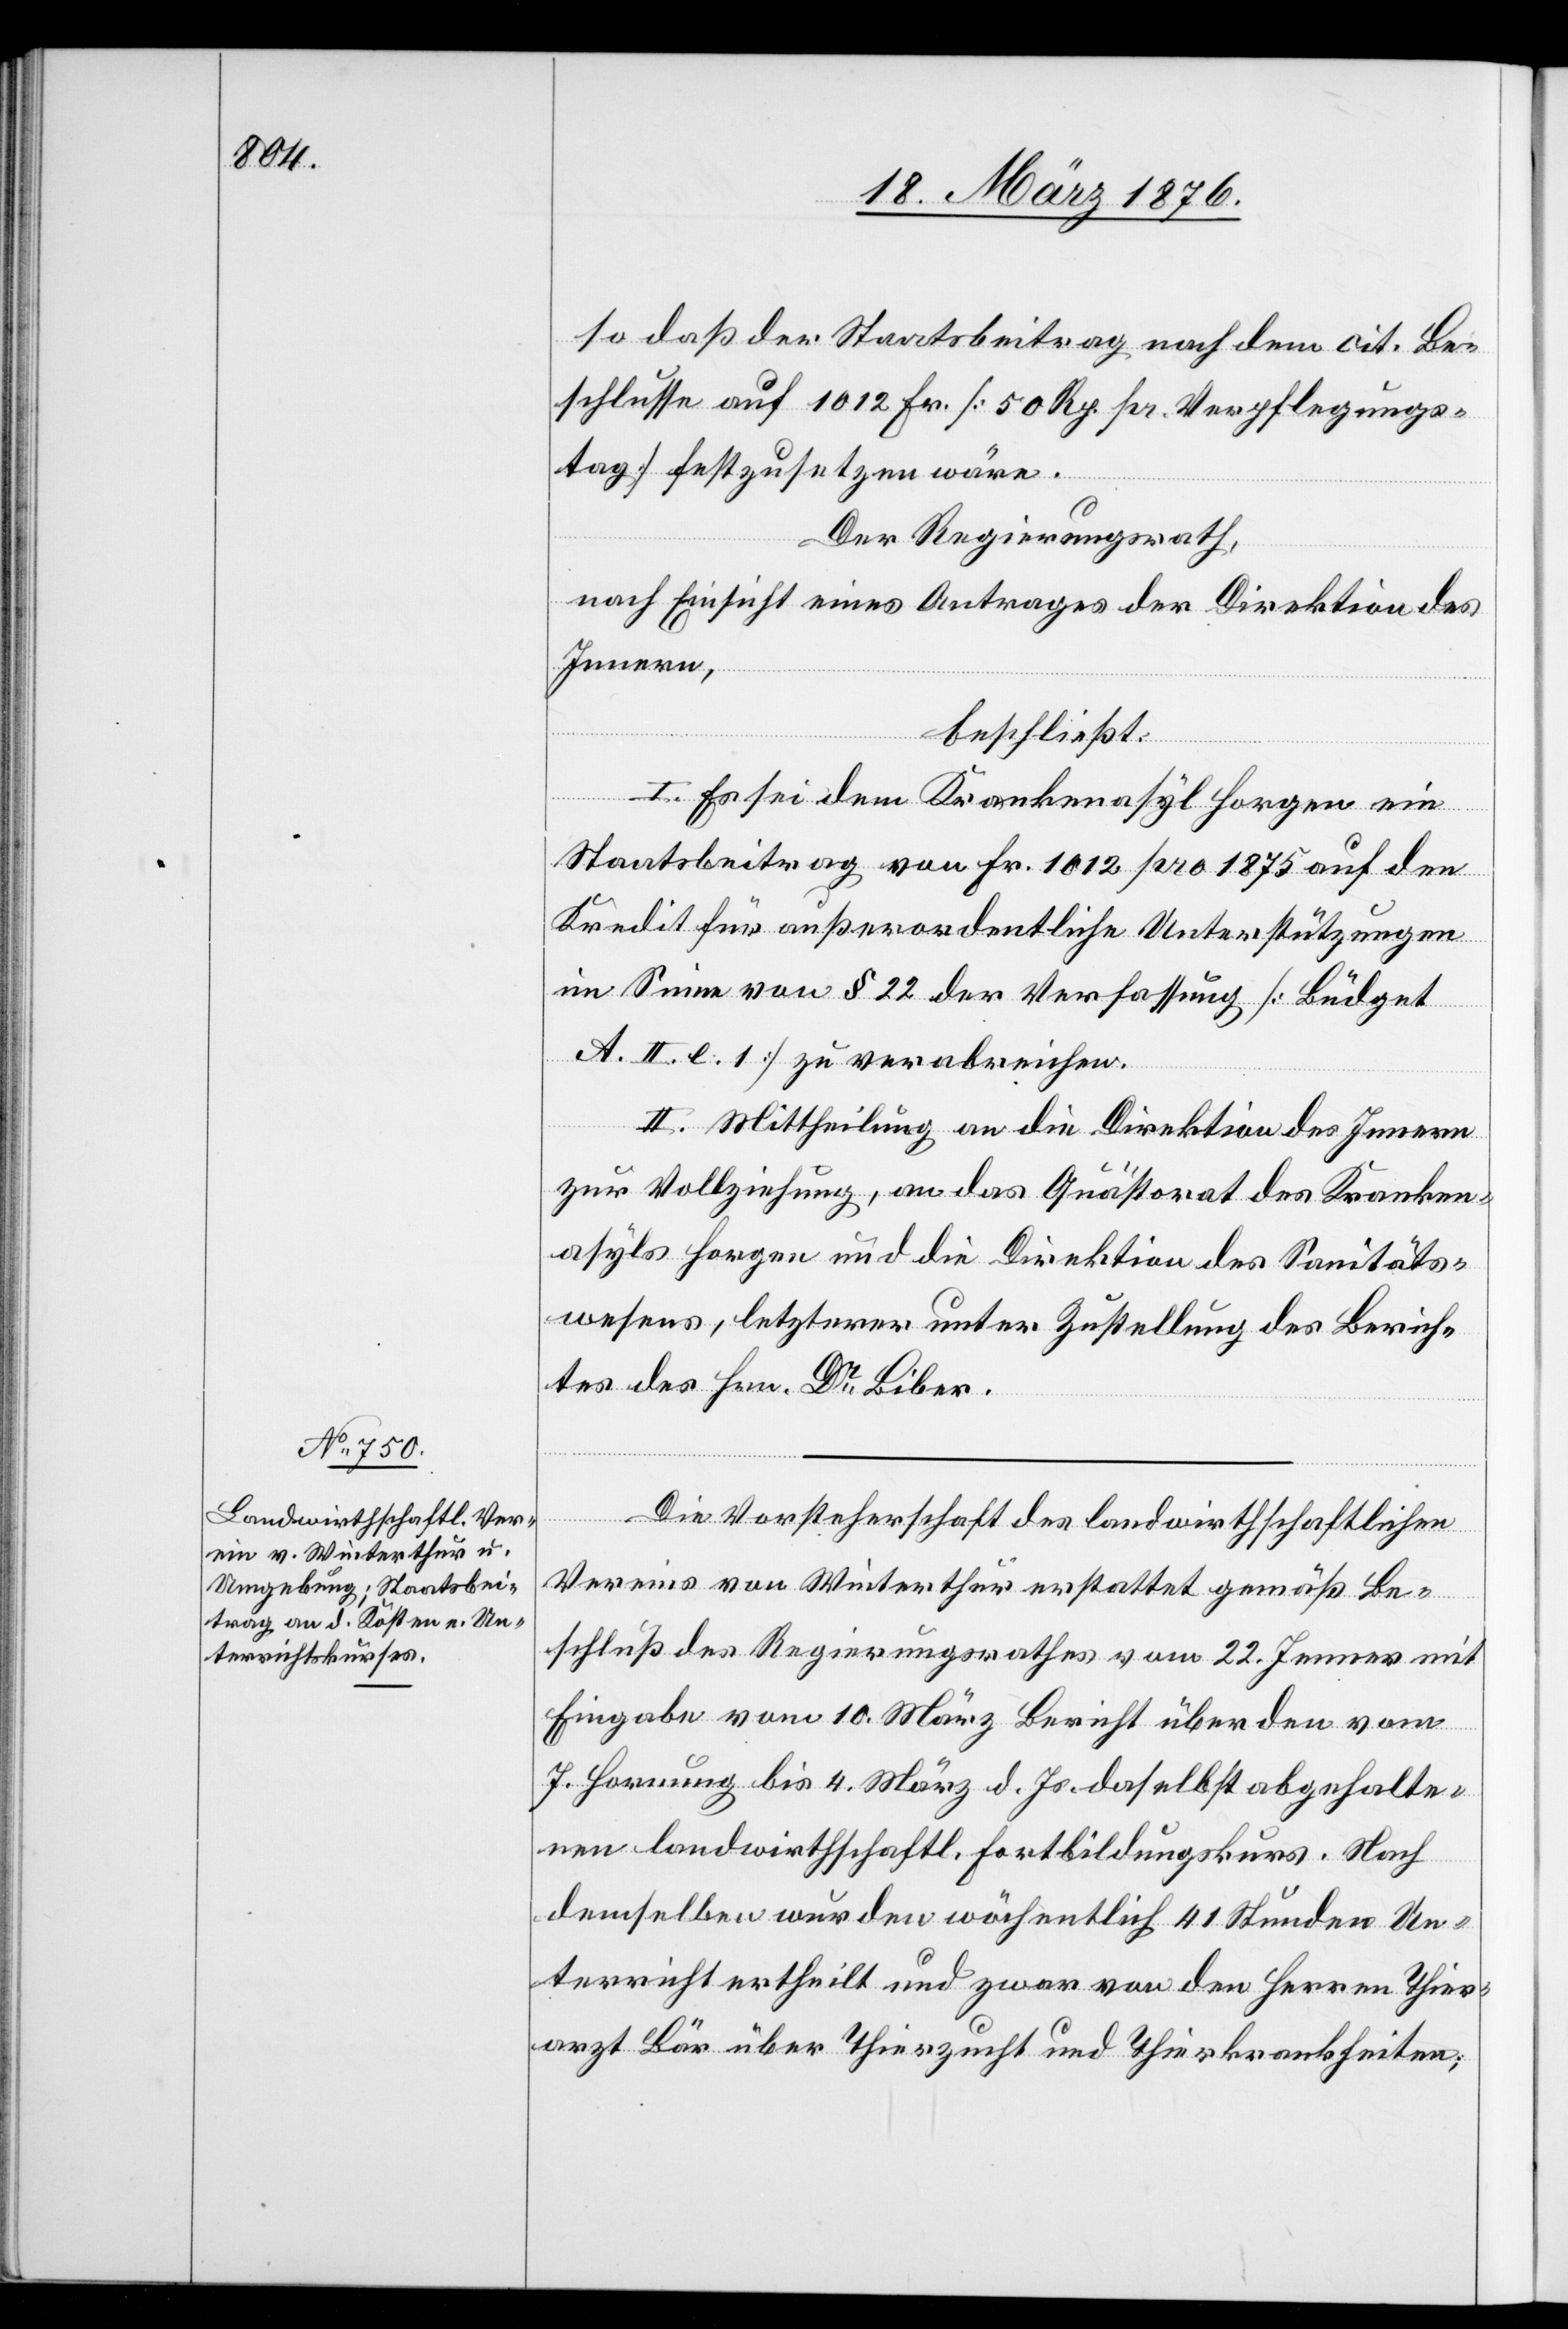
so daß der Staatsbeitrag nach dem cit. Be¬
schlusse auf 1012 Fr. [50 Rp. pr. Verpflegungs¬
tag] festzusetzen wäre.
Der Regierungsrath,
nach Einsicht eines Antrages der Direktion des
Innern,
beschließt:
1. Es sei dem Krankenasyl Horgen ein
Staatsbeitrag von Fr. 1012 pro 1875 auf den
Kredit für außerordentliche Unterstützungen
im Sinne von § 22 der Verfassung [Büdget
A. II. e. 1] zu verabreichen.
II. Mittheilung an die Direktion des Innern
zur Vollziehung, an das Quästorat des Kranken¬
asyls Horgen und die Direktion des Sanitäts¬
wesens, letzterer unter Zustellung des Berich¬
tes des Hrn. Dr Biber.
Die Vorsteherschaft des landwirthschaftlichen
Vereins von Winterthur erstattet gemäß Be¬
schluß des Regierungsrathes vom 22. Jenner mit
Eingabe vom 10. März Bericht über den vom
7. Hornung bis 4. März d. Js. daselbst angehalte¬
nen landwirthschaftl. Fortbildungskurs. Nach
demselben wurden wöchentlich 41 Stunden Un¬
terricht ertheilt und zwar von den Herren Thier¬
arzt Bär über Thierzucht und Thierkrankheiten,